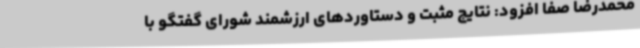
محمدرضا صفا افزود: نتایج مثبت و دستاوردهای ارزشمند شورای گفتگو با